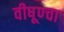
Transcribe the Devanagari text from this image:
वीषूण्चा